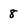
Character: 8